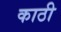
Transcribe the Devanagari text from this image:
काठी